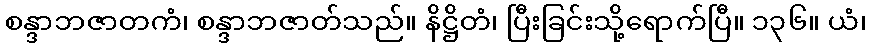
စန္ဒာဘဇာတကံ၊ စန္ဒာဘဇာတ်သည်။ နိဋ္ဌိတံ၊ ပြီးခြင်းသို့ရောက်ပြီ။ ၁၃၆။ ယံ၊